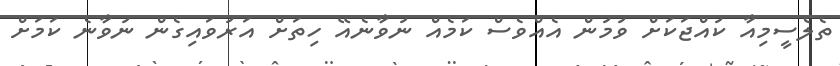
ތެެލެސީމިއާ ކުއްޖަކަށް ވުމުން އެއްވެސް ކަމެއް ނުވާނެއޭ ހިތަށް އަރުވައިގެން ނުވާނެ ކަމަށް